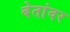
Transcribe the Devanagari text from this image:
बेतांवर